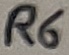
Text: R6